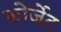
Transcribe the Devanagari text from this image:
फोर्जेट